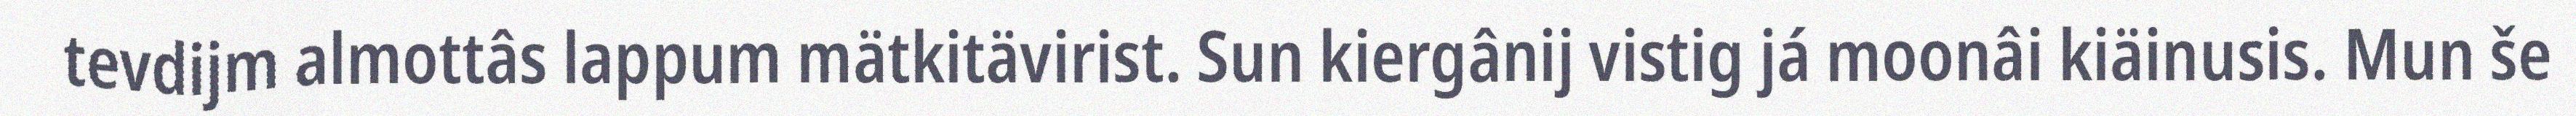
tevdijm almottâs lappum mätkitävirist. Sun kiergânij vistig já moonâi kiäinusis. Mun še